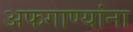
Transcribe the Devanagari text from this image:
अफगाण्यांना